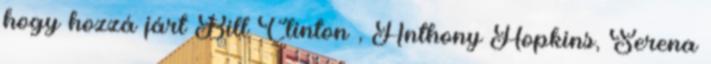
hogy hozzá járt Bill Clinton , Anthony Hopkins, Serena